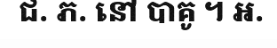
ជ. ភ. នៅ បាគូ ។ អ.